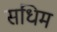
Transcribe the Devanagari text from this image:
संधिम